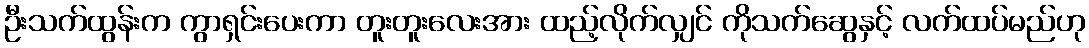
ဦးသက်ထွန်းက ကွာရှင်းပေးကာ တူးတူးလေးအား ထည့်လိုက်လျှင် ကိုသက်ဆွေနှင့် လက်ထပ်မည်ဟု